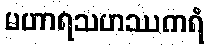
မဟာရသဟဿကရံ